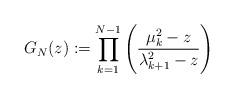
LaTeX: \begin{align*}G_{N}(z) := \prod\limits_{k=1}^{N-1}\Bigg( \frac{\mu_{k}^{2} - z}{\lambda_{k+1}^{2} - z} \Bigg)\end{align*}